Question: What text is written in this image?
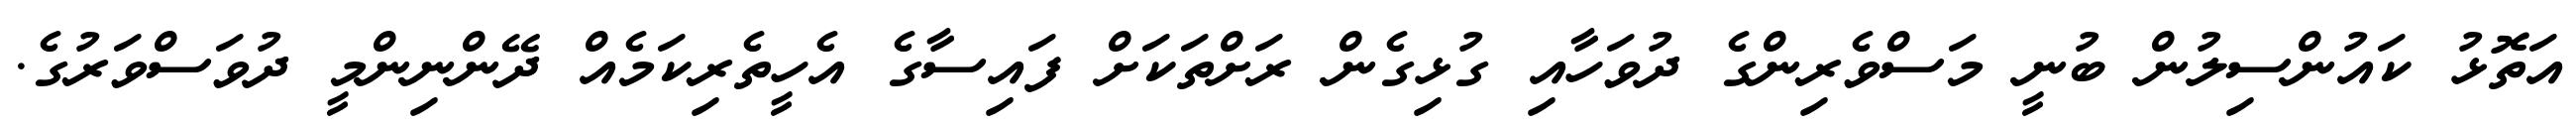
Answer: އަތޮޅު ކައުންސިލުން ބުނީ މަސްވެރިންގެ ދުވަހާއި ގުޅިގެން ރަށްތަކަށް ފައިސާގެ އެހީތެރިކަމެއް ދޭންނިންމީ ދުވަސްވަރުގެ.